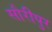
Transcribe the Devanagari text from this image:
सौरीपुर